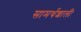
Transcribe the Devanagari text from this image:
सामर्थशाली